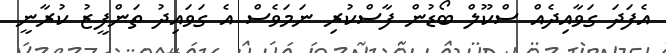
އެފަދަ ގަވާއިދެއް ސްކޫލް ބޯޑުން ފާސްކުރި ނަމަވެސް އެ ގަވައިދު ތަންފީޒު ކުރާނީ